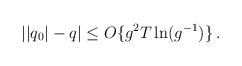
\begin{align*}||q_0| - q| \leq O \{g^2 T \ln (g^{- 1}) \} \, . \end{align*}